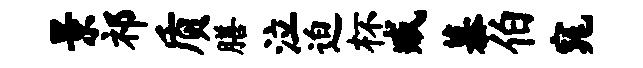
景祁质膳泣迫杯臧慕伯窕